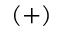
( + )